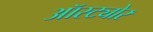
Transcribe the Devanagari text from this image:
ऑस्ट्योर